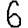
Digit: 6